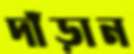
দাঁড়ান